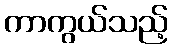
ကာကွယ်သည့်